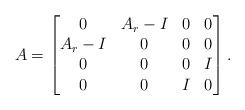
LaTeX: \begin{align*}A = \left[\begin{matrix}0 & A_r-I & 0 & 0 \\A_r-I & 0 & 0 & 0 \\0 & 0 & 0 & I \\0 & 0 & I & 0\end{matrix}\right].\end{align*}